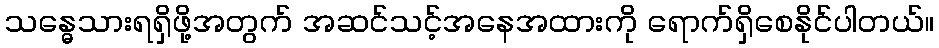
သန္ဓေသားရရှိဖို့အတွက် အဆင်သင့်အနေအထားကို ရောက်ရှိစေနိုင်ပါတယ်။